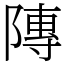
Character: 䧠